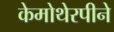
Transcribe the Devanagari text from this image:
केमोथेरपीने